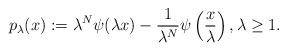
LaTeX: \begin{align*}p_{\lambda}(x):=\lambda^{N}\psi( \lambda x)-\frac{1}{\lambda^{N}}\psi\left(\frac{x}{\lambda} \right), \lambda \geq 1.\end{align*}